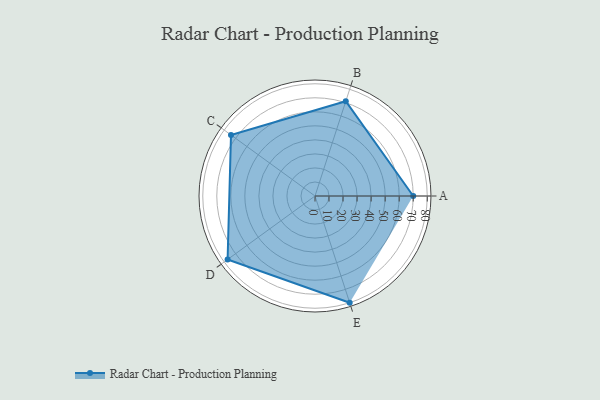
{"axis": {"x": "Skill", "y": "Score"}, "legend": ["Profile"], "data": [{"x": "A", "y": 70.0, "type": "Profile"}, {"x": "B", "y": 71.0, "type": "Profile"}, {"x": "C", "y": 74.0, "type": "Profile"}, {"x": "D", "y": 77.0, "type": "Profile"}, {"x": "E", "y": 80.0, "type": "Profile"}]}